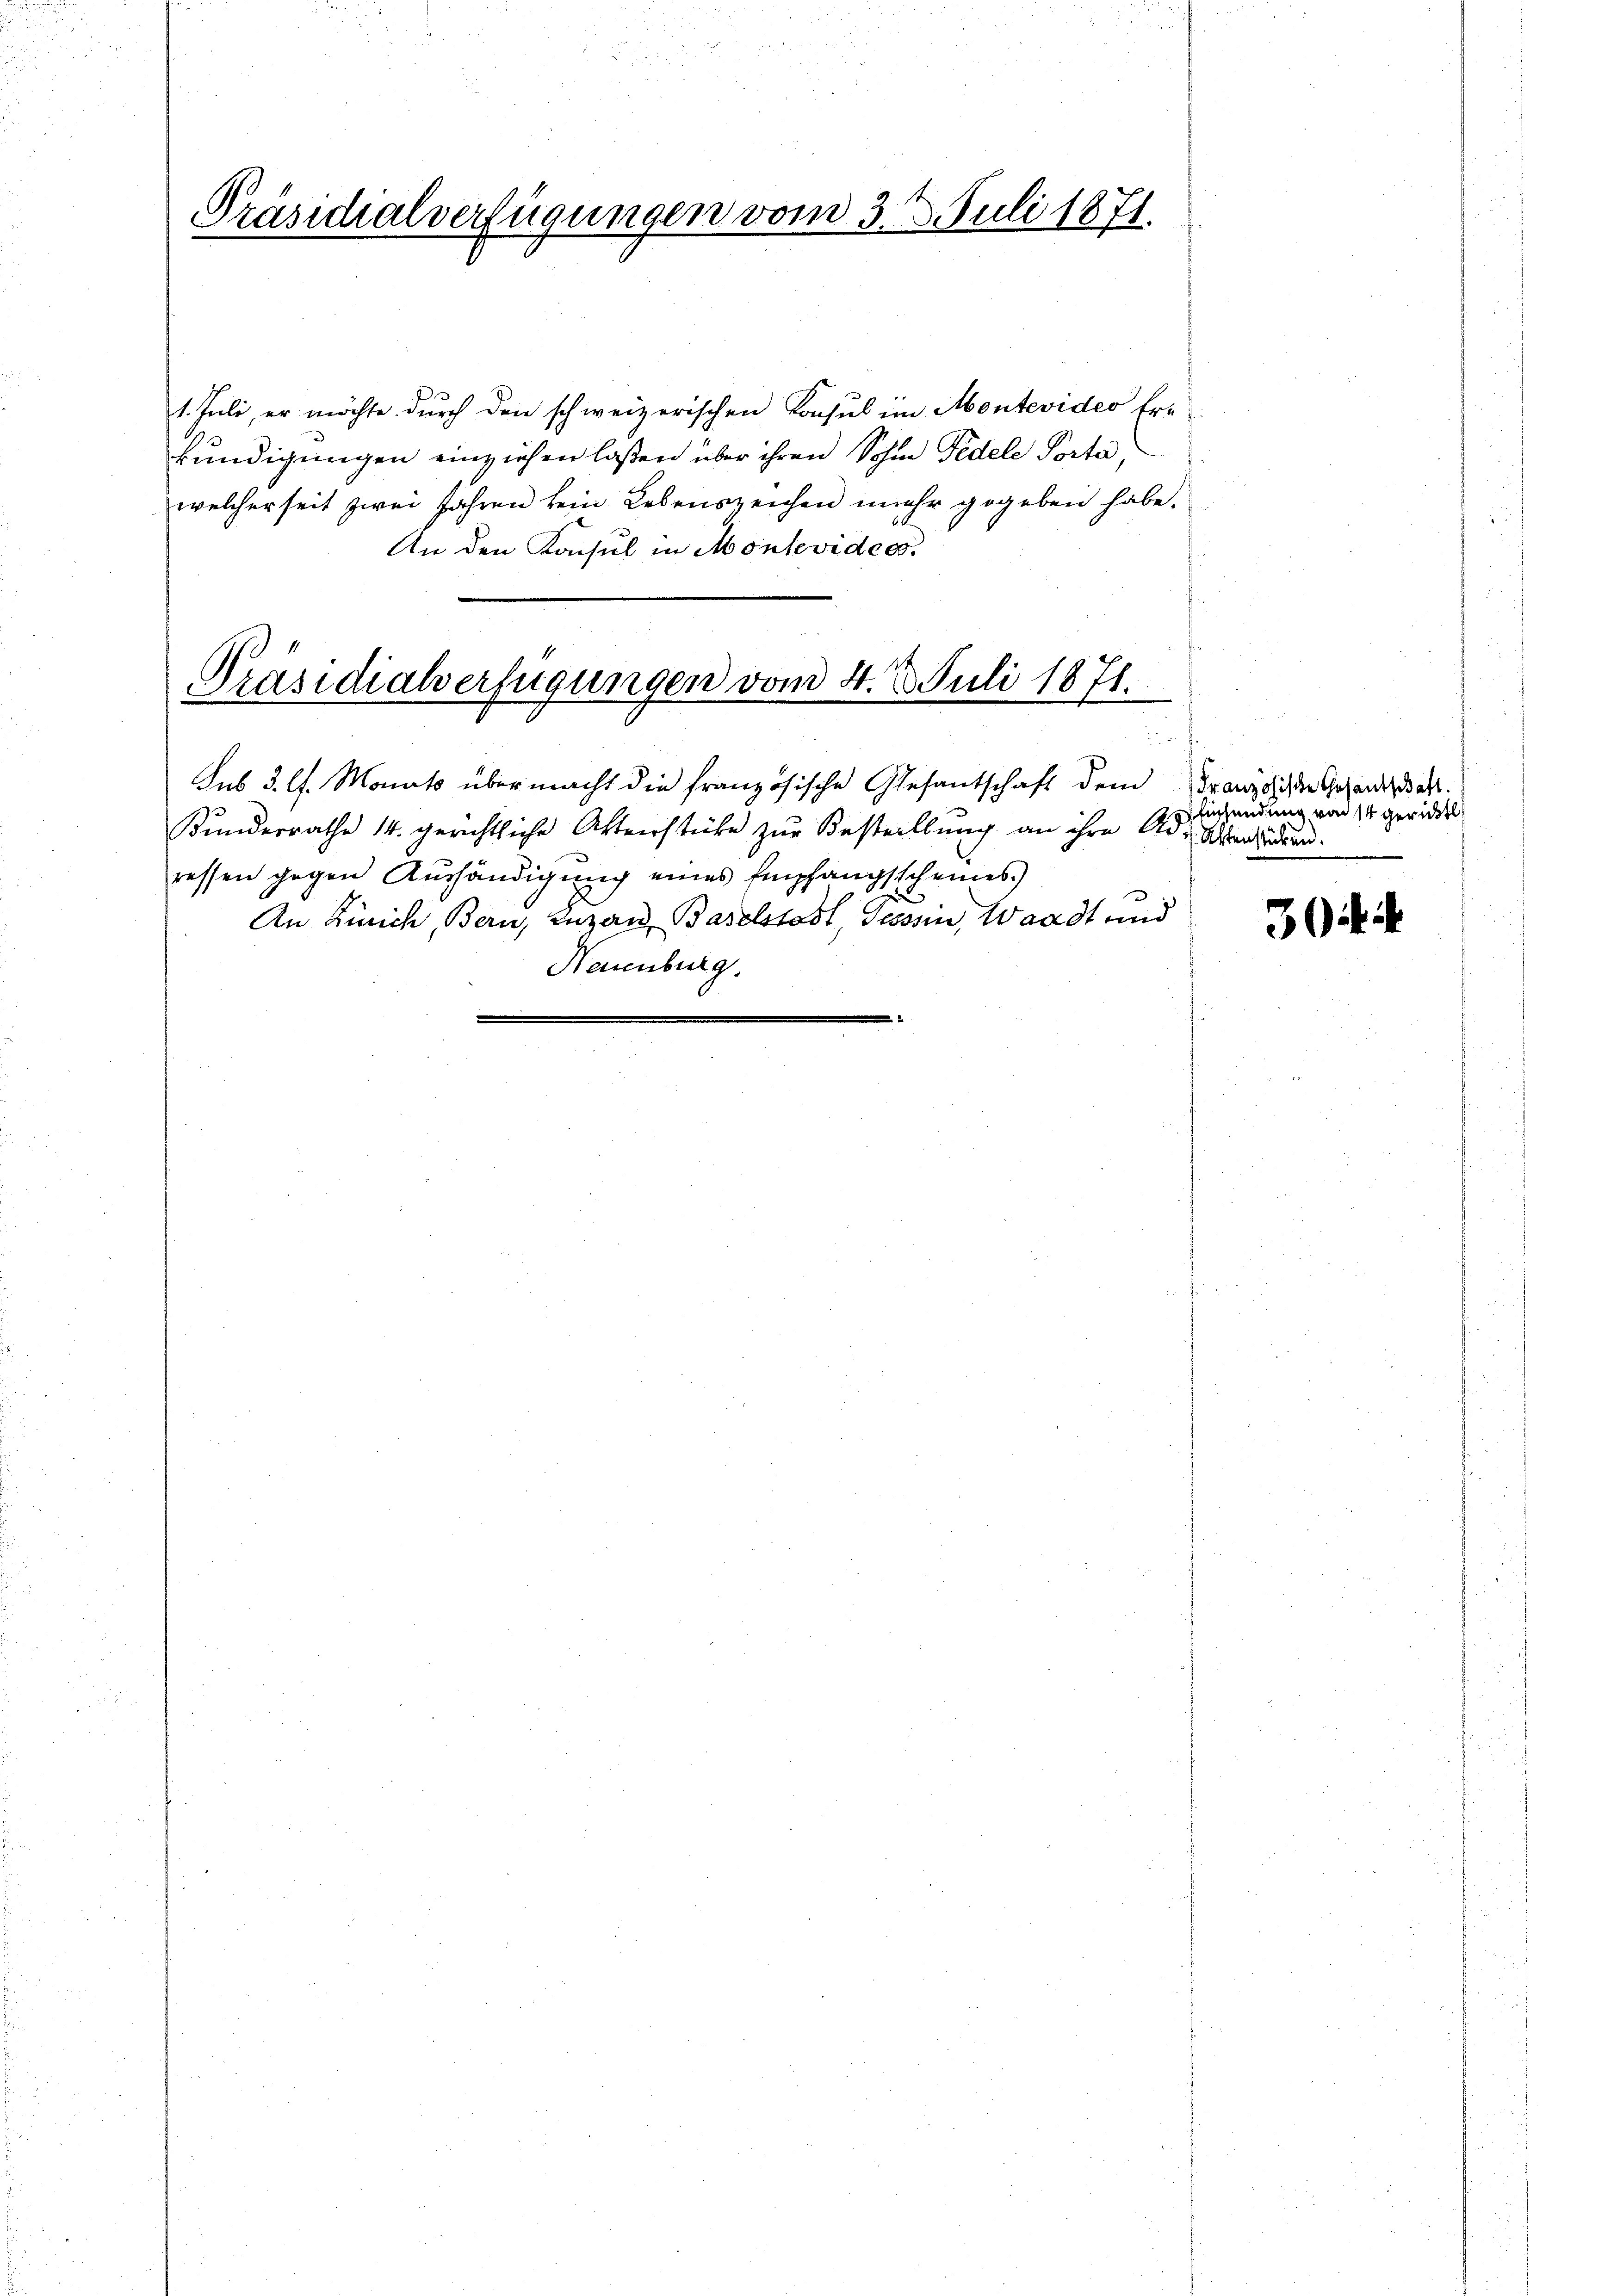
1. Juli, er möchte durch den schweizerischen Konsul im Montevideo tre
kundigungen einziehen laßen über ihren Sohne Fedele Porte,
welcherseit zwei Jahren kein Lebenszeichen mehr gegeben habe.
An den Konsul in Montevidee.

Präsidialverfügungen vom 3. J. Juli 1871.

Präsidialverfügungen vom 4. d. Juli 1871.

Sus 3. l. Monats übermacht die französische Gesantschaft dem Franz die Gesandtschaft.
Kunderrathe 14. gerichtliche Aktenstücke zur Bestellung an ihre Ad. Weiden.
ressen gegen Aushändigung eines Empfangsscheines
An Zürich, Bern, Luzau, Baselstadt, Tessin, Waadt und
Neuenburg.

Einsendung von 14 gerichtl

n

304 f.